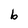
Character: b